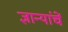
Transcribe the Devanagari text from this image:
ज्ञान्यांचें